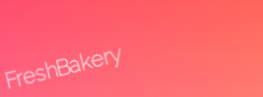
FreshBakery